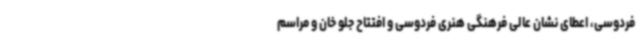
فردوسی، اعطای نشان عالی فرهنگی هنری فردوسی و افتتاح جلو خان و مراسم